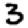
Digit: 3